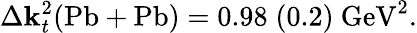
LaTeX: \Delta\mathbf{k}_{t}^{2}(\mathrm{{Pb+Pb}})=0.98\; (0.2)\mathrm{{~GeV}}^{2}.